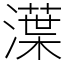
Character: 㵩